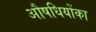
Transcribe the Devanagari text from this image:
औषधियोंका